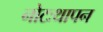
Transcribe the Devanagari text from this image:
नोटःथापन